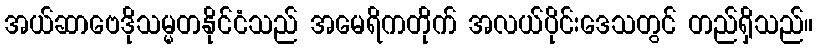
အယ်ဆာဗေဒိုသမ္မတနိုင်ငံသည် အမေရိကတိုက် အလယ်ပိုင်းဒေသတွင် တည်ရှိသည်။